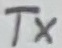
Text: TX